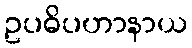
ဥပဓိပဟာနာယ